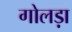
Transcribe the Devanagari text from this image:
गोलड़ा